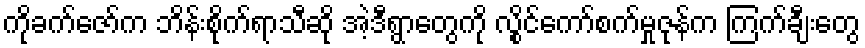
ကိုခက်ဇော်က ဘိန်းစိုက်ရာသီဆို အဲ့ဒီရွာတွေကို လွိုင်ကော်စက်မှုဇုန်က ကြက်ချီးတွေ